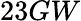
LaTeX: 23GW